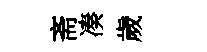
斋凑歲